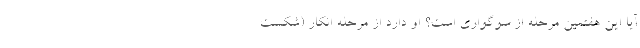
آیا این هفتمین مرحله از سوگواری است؟ او دارد از مرحله انکار (شکست